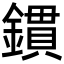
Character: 鏆